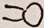
= 0